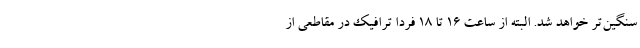
سنگین‌تر خواهد شد. البته از ساعت ۱۶ تا ۱۸ فردا ترافیک در مقاطعی از